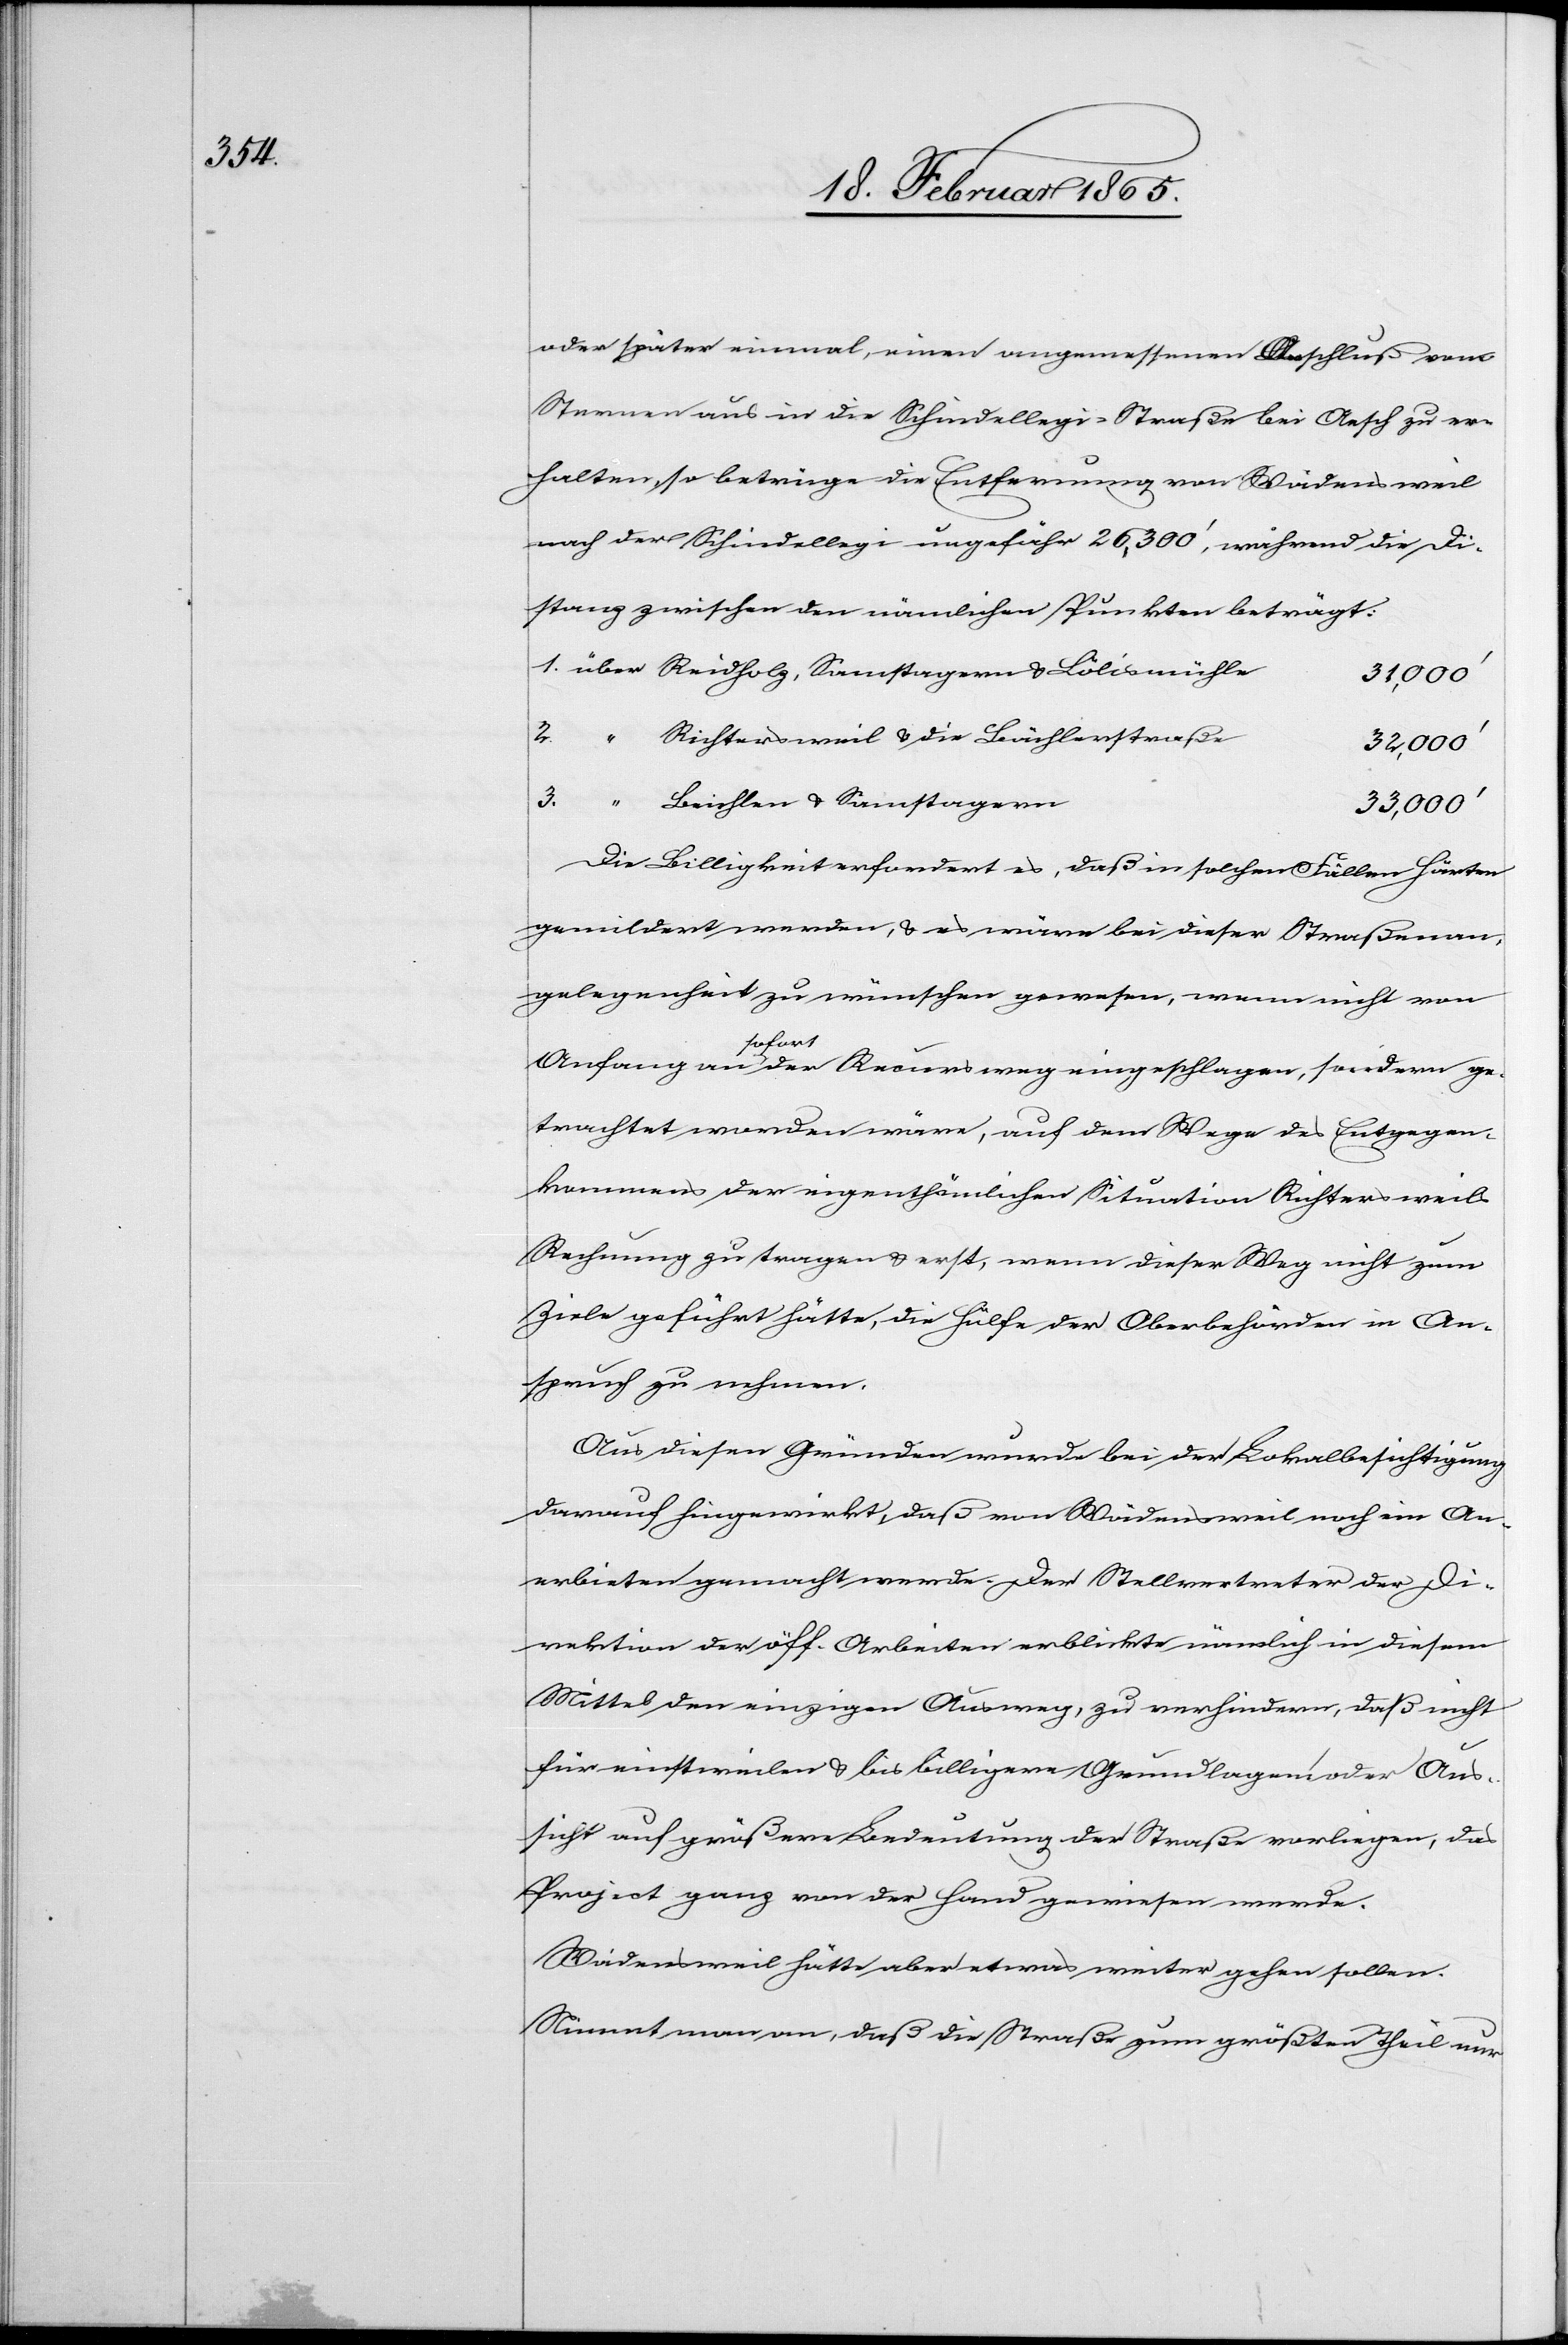
oder später einmal, einen angemessenen Anschluß vom
Sternen aus in die Schindellegi-Straße bei Aesch zu er¬
halten, so betrüge die Entfernung von Wädensweil
nach der Schindellegi ungefähr 26,300’, während die Di¬
stanz zwischen den nämlichen Punkten beträgt:
31,000’
dern ge¬
2.
Richtersweil u. die Bächlerstraße
32,000’
3.
Beichlen u. Samstagern
33,000’
Die Billigkeit erfordert es, daß in solchen Fällen Härten
gemildert werden, u. es wäre bei dieser Straßenan¬
gelegenheit zu wünschen gewesen, wenn nicht von
sofort
trachtet worden wäre, auf dem Wege des Entgegen¬
kommens der eigenthümlichen Situation Richtersweils
Rechnung zu tragen u. erst, wenn dieser Weg nicht zum
Ziele geführt hätte, die Hülfe der Oberbehörden in An¬
spruch zu nehmen.
Aus diesen Gründen wurde bei der Lokalbesichtigung
darauf hingewirkt, daß von Wädensweil noch ein An¬
erbieten gemacht werde. Der Stellvertreter der Di¬
rektion der öff. Arbeiten erblickte nämlich in diesem
Mittel den einzigen Ausweg, zu verhindern, daß nicht
für einstweilen u. bis billigere Grundlagen oder Aus¬
sicht auf größere Bedeutung der Straße vorliegen, daß
Project ganz von der Hand gewiesen werde.
Wädensweil hätte aber etwas weiter gehen sollen.
Nimmt man an, daß die Straße zum größten Theil nur